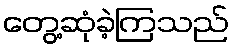
တွေ့ဆုံခဲ့ကြသည်